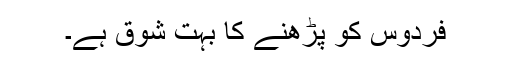
فردوس کو پڑھنے کا بہت شوق ہے۔